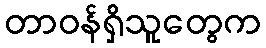
တာဝန်ရှိသူတွေက